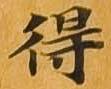
得